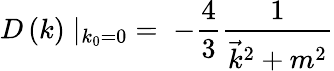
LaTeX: D\left(k\right)\mid_{k_{0}=0}\; =\; -{\frac{4}{3}}{\frac{1}{{\vec{k}}^{2}+m^{2}}}